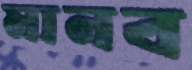
মানব